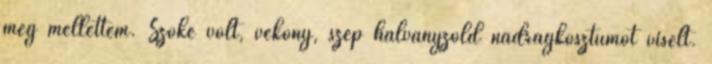
meg mellettem. Szőke volt, vékony, szép halványzöld nadrágkosztümöt viselt.